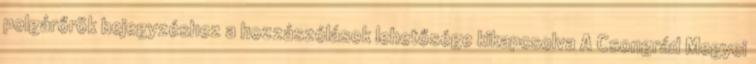
polgárőrök bejegyzéshez a hozzászólások lehetősége kikapcsolva A Csongrád Megyei